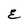
Character: E